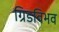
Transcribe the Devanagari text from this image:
ग्रिडविभव